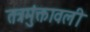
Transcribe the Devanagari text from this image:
तत्रमुंक्तावली